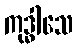
ကုဒ္ဓါသေ